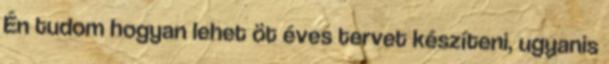
Én tudom hogyan lehet öt éves tervet készíteni, ugyanis